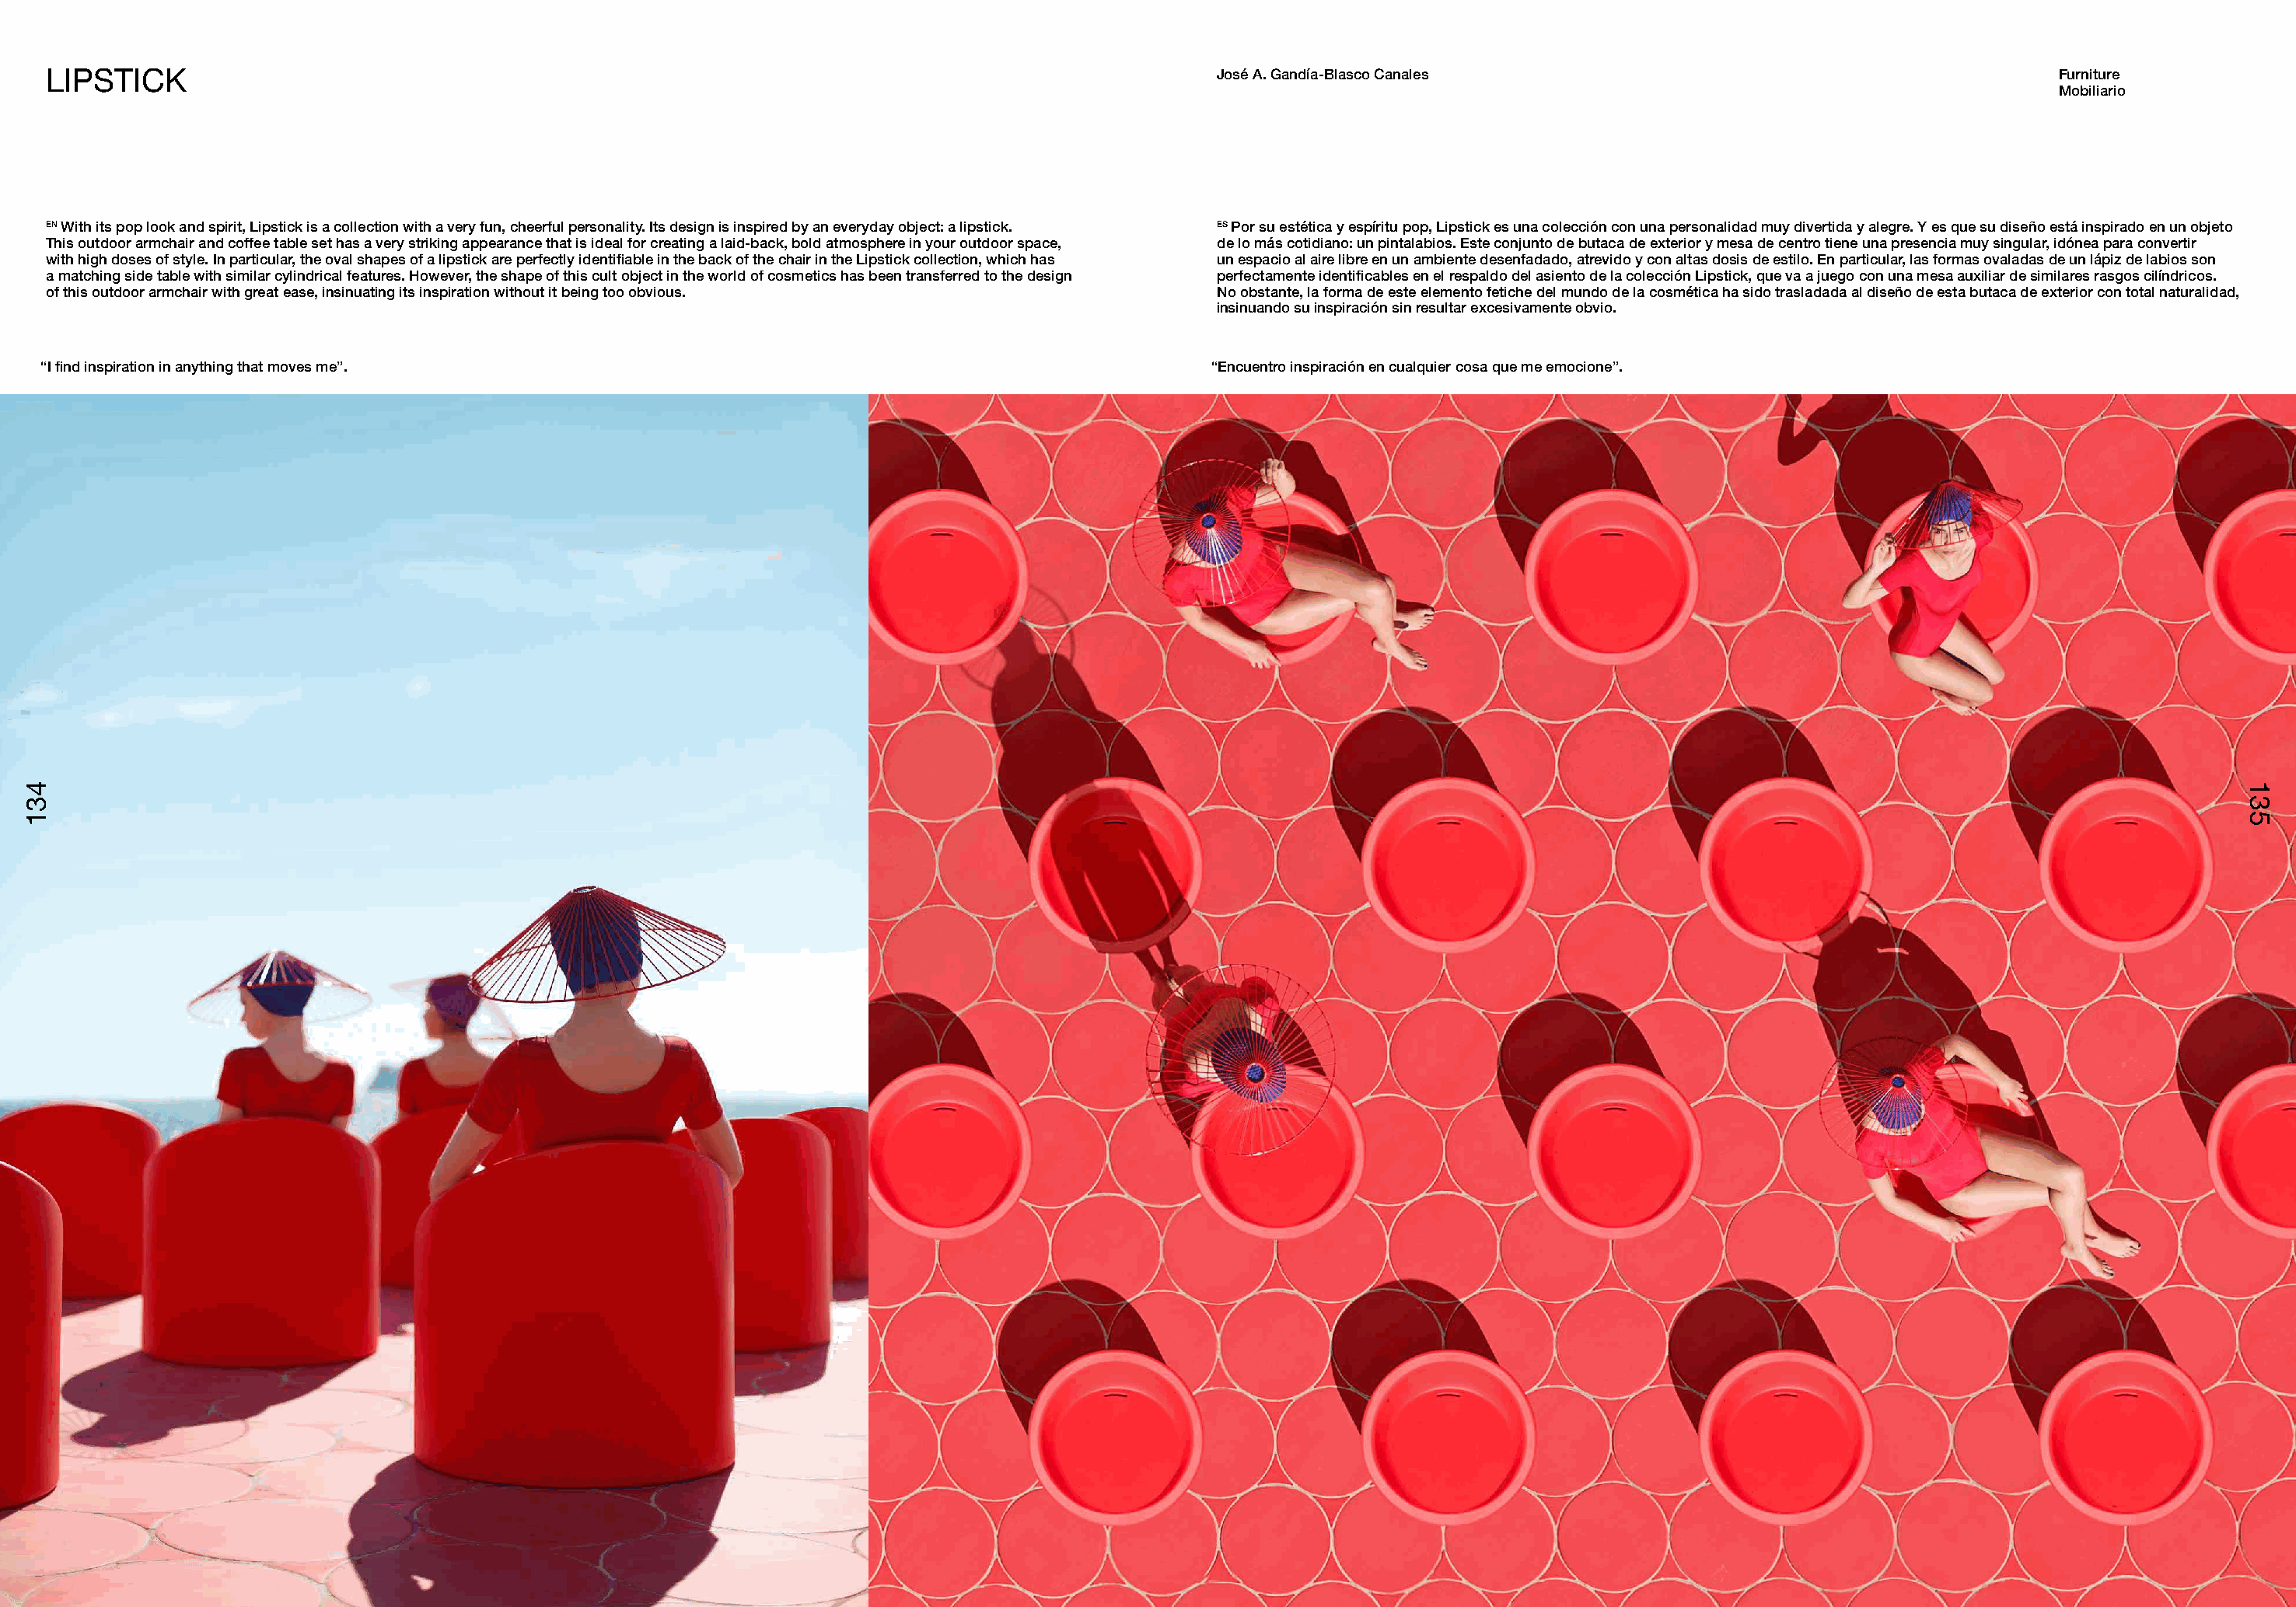
LIPSTICK                                                                                            José A. Gandía-Blasco Canales                                          Furniture
 Mobiliario
 EN With its pop look and spirit, Lipstick is a collection with a very fun, cheerful personality. Its design is inspired by an everyday object: a lipstick. ES Por su estética y espíritu pop, Lipstick es una colección con una personalidad muy divertida y alegre. Y es que su diseño está inspirado en un objeto
 This outdoor armchair and coffee table set has a very striking appearance that is ideal for creating a laid-back, bold atmosphere in your outdoor space, de lo más cotidiano: un pintalabios. Este conjunto de butaca de exterior y mesa de centro tiene una presencia muy singular, idónea para convertir
 with high doses of style. In particular, the oval shapes of a lipstick are perfectly identifiable in the back of the chair in the Lipstick collection, which has un espacio al aire libre en un ambiente desenfadado, atrevido y con altas dosis de estilo. En particular, las formas ovaladas de un lápiz de labios son
 a matching side table with similar cylindrical features. However, the shape of this cult object in the world of cosmetics has been transferred to the design perfectamente identificables en el respaldo del asiento de la colección Lipstick, que va a juego con una mesa auxiliar de similares rasgos cilíndricos.
 of this outdoor armchair with great ease, insinuating its inspiration without it being too obvious. No obstante, la forma de este elemento fetiche del mundo de la cosmética ha sido trasladada al diseño de esta butaca de exterior con total naturalidad,
 insinuando su inspiración sin resultar excesivamente obvio.
 “I find inspiration in anything that moves me”.                                                     “Encuentro inspiración en cualquier cosa que me emocione”.
 443311                                                                                                                                                                                       113355